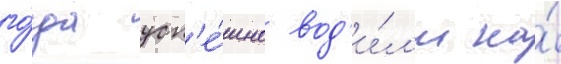
го́да усп'е́шно вод'и́л'и на́